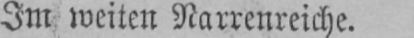
Im weiten Narrenreiche.